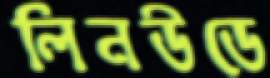
লিনউডে